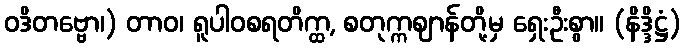
ဝဒိတဗ္ဗော၊) တာဝ၊ ရူပါဝစရတိက္ထ, စတုက္ကဈာန်တို့မှ ရှေးဦးစွာ။ (နိဒ္ဒိဋ္ဌံ)